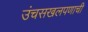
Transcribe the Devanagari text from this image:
उंचसखलपणाची